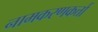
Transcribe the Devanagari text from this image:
नामकरणकर्त्ता